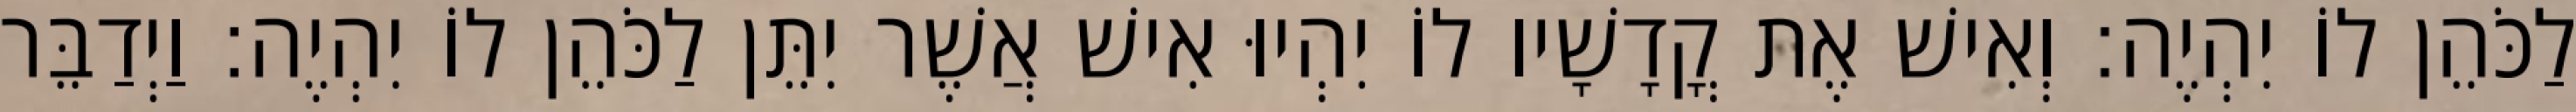
לַכֹּהֵן לוֹ יִהְיֶה׃ וְאִישׁ אֶת קֳדָשָׁיו לוֹ יִהְיוּ אִישׁ אֲשֶׁר יִתֵּן לַכֹּהֵן לוֹ יִהְיֶה׃ וַיְדַבֵּר